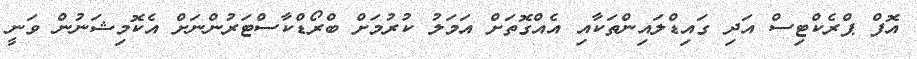
އޮފް ޕްރެކްޓިސް އަދި ގައިޑްލައިންތަކާއި އެއްގޮތަށް އަމަލު ކުރުމަށް ބްރޯޑްކާސްޓަރުންނަށް އެކޮމިޝަނުން ވަނީ